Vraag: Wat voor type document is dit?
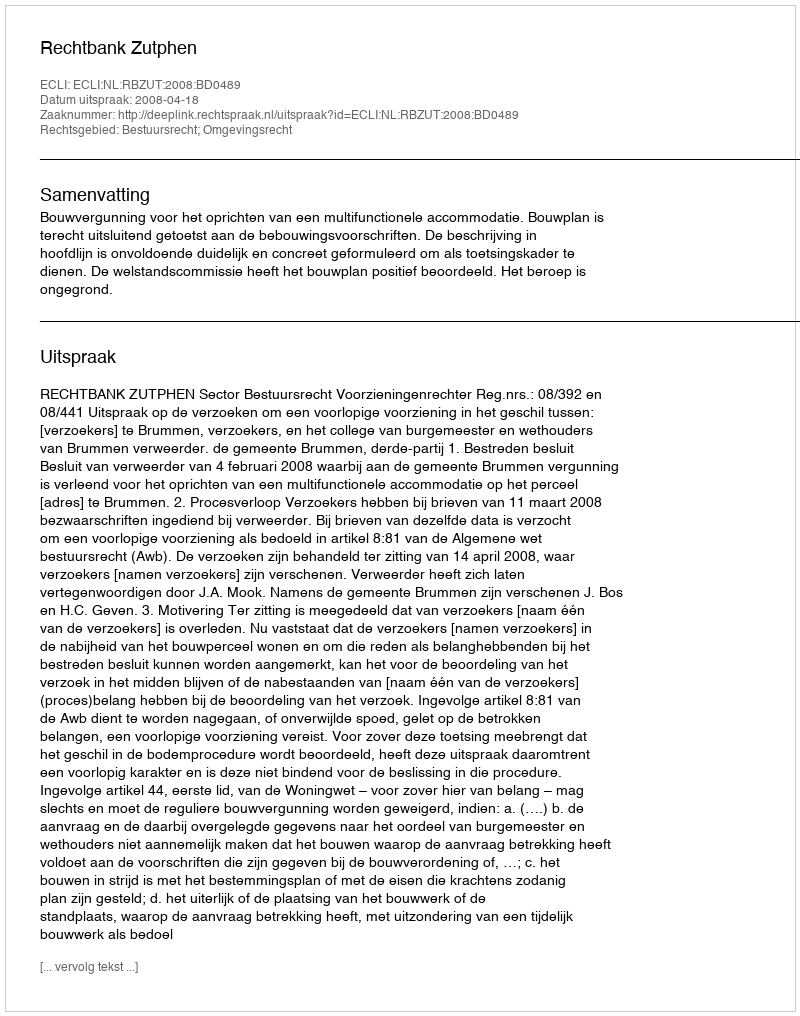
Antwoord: Uitspraak